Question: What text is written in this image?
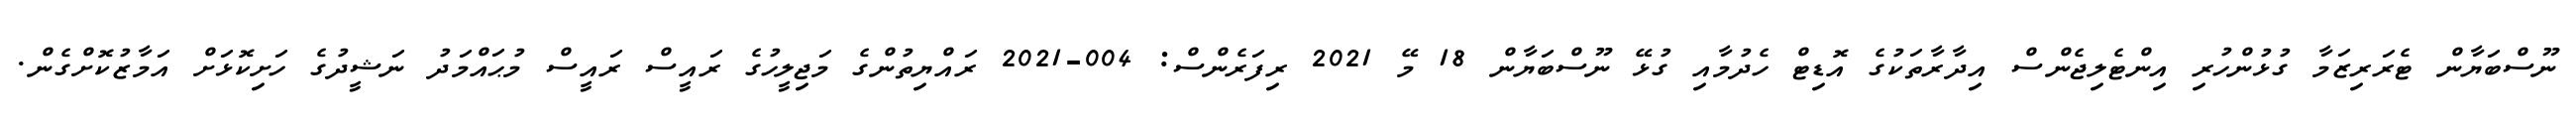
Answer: ނޫސްބަޔާން ޓެރަރިޒަމާ ގުޅުންހުރި އިންޓެލިޖެންސް އިދާރާތަކުގެ އޮޑިޓް ހެދުމާއި ގުޅޭ ނޫސްބަޔާން 18 މޭ 2021 ރިފަރެންސް: 004-2021 ރައްޔިތުންގެ މަޖިލީހުގެ ރައީސް ރައީސް މުޙައްމަދު ނަޝީދުގެ ހަށިކޮޅަށް އަމާޒުކޮށްގެން.